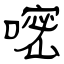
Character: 嘧